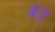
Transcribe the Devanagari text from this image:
केड़